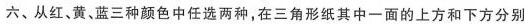
六、从红、黄、蓝三种颜色中任选两种，在三角形纸其中一面的上方和下方分别